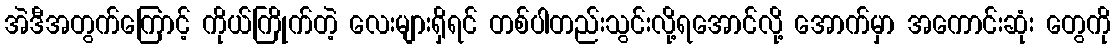
အဲဒီအတွက်ကြောင့် ကိုယ်ကြိုက်တဲ့ လေးများရှိရင် တစ်ပါတည်းသွင်းလို့ရအောင်လို့ အောက်မှာ အကောင်းဆုံး တွေကို